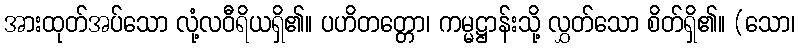
အားထုတ်အပ်သော လုံ့လဝီရိယရှိ၏။ ပဟိတတ္တော၊ ကမ္မဋ္ဌာန်းသို့ လွှတ်သော စိတ်ရှိ၏။ (သော၊